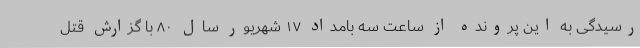
رسیدگی به این پرونده از ساعت سه بامداد ۱۷ شهریور سال ۸۰ با گزارش قتل